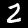
Label: 2